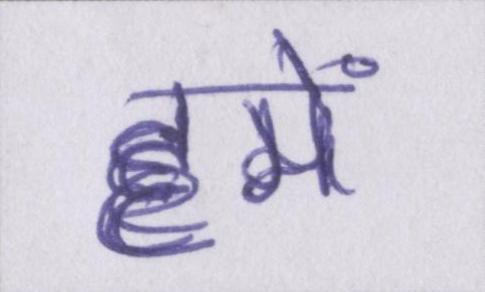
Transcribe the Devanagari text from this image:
हमें